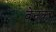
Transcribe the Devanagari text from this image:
वेनका